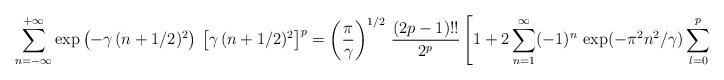
LaTeX: \begin{align*}\sum\limits_{n = -\infty}^{+\infty} \exp\left( -\gamma\,(n+1/2)^2 \right) \,\left[ \gamma \, (n+1/2)^2 \right]^p = \left( {\pi \over \gamma} \right)^{1/2} \, {(2p-1)!! \over 2^p}\left[ 1 + 2 \sum\limits_{n=1}^\infty (-1)^n \, \exp(-\pi^2 n^2/\gamma)\sum\limits_{l=0}^p \left( {-\pi^2 n^2 \over \gamma} \right)^l C_l^p \right]\end{align*}